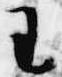
王